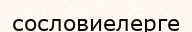
сословиелерге